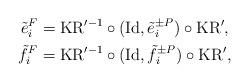
LaTeX: \begin{align*}\Tilde{e}_{i}^{F}&=\mathrm{KR}^{\prime -1}\circ (\mathrm{Id},\Tilde{e}_{i}^{\pm P}) \circ \mathrm{KR}^{\prime}, \\\Tilde{f}_{i}^{F}&=\mathrm{KR}^{\prime -1}\circ(\mathrm{Id},\Tilde{f}_{i}^{\pm P}) \circ \mathrm{KR}^{\prime},\end{align*}